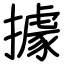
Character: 據